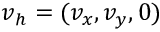
\boldsymbol { v } _ { h } = ( v _ { x } , v _ { y } , 0 )